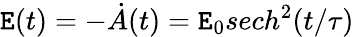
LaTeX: \mathtt{E}(t)=-\dot{{A}}(t)=\mathtt{E}_{0}sech^{2}(t/\tau)